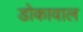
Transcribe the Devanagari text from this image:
डोकावाल